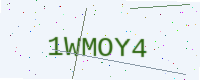
Text: 1WMOY4